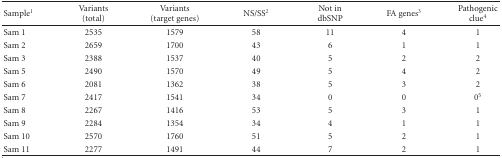
<table><thead><tr><td><b> Sample<sup>1</sup></b></td><td><b>Variants (total)</b></td><td><b>Variants (target genes)</b></td><td><b>NS/SS<sup>2</sup></b></td><td><b>Not in dbSNP</b></td><td><b>FA genes<sup>3</sup></b></td><td><b>Pathogenic clue<sup>4</sup></b></td></tr></thead><tbody><tr><td>Sam 1</td><td>2535</td><td>1579</td><td>58</td><td>11</td><td>4</td><td>1</td></tr><tr><td>Sam 2</td><td>2659</td><td>1700</td><td>43</td><td>6</td><td>1</td><td>1</td></tr><tr><td>Sam 3</td><td>2388</td><td>1537</td><td>40</td><td>5</td><td>2</td><td>2</td></tr><tr><td>Sam 5</td><td>2490</td><td>1570</td><td>49</td><td>5</td><td>4</td><td>2</td></tr><tr><td>Sam 6</td><td>2081</td><td>1362</td><td>38</td><td>5</td><td>3</td><td>2</td></tr><tr><td>Sam 7</td><td>2417</td><td>1541</td><td>34</td><td>0</td><td>0</td><td>0<sup>5</sup></td></tr><tr><td>Sam 8</td><td>2267</td><td>1416</td><td>53</td><td>5</td><td>3</td><td>1</td></tr><tr><td>Sam 9</td><td>2284</td><td>1354</td><td>34</td><td>4</td><td>1</td><td>1</td></tr><tr><td>Sam 10</td><td>2570</td><td>1760</td><td>51</td><td>5</td><td>2</td><td>1</td></tr><tr><td>Sam 11</td><td>2277</td><td>1491</td><td>44</td><td>7</td><td>2</td><td>1</td></tr></tbody></table>